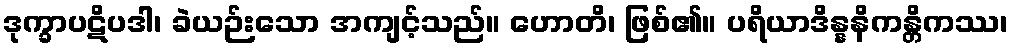
ဒုက္ခာပဋိပဒါ၊ ခဲယဉ်းသော အကျင့်သည်။ ဟောတိ၊ ဖြစ်၏။ ပရိယာဒိန္နနိကန္တိကဿ၊